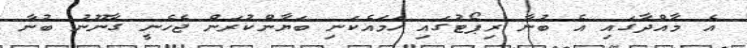
އެ މާއްދާގައި އެ ބުނާ ރިޕޯޓުގައި ހަމައެކަނި ބަޔާންކުރަން ޖެހެނީ ގާނޫނު ބުނާ